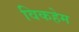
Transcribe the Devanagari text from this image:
विकहेम